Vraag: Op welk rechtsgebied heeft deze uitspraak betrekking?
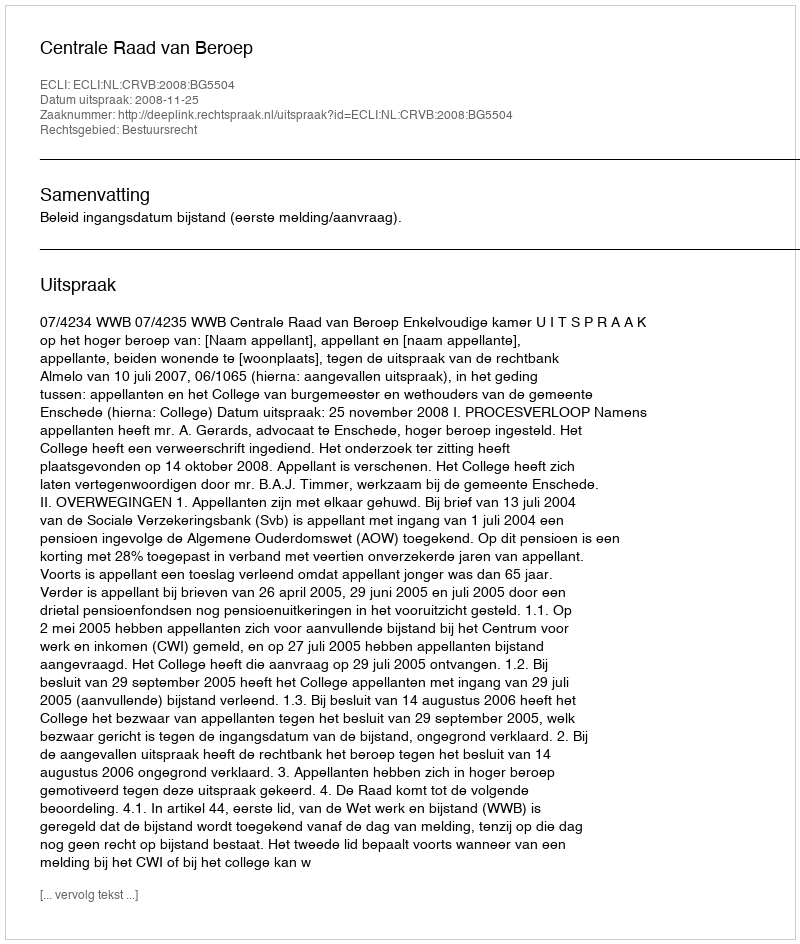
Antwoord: Bestuursrecht